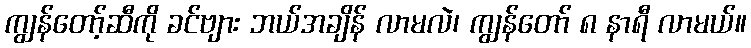
ကျွန်တော့်ဆီကို ခင်ဗျား ဘယ်အချိန် လာမလဲ၊ ကျွန်တော် ၈ နာရီ လာမယ်။